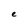
Character: e